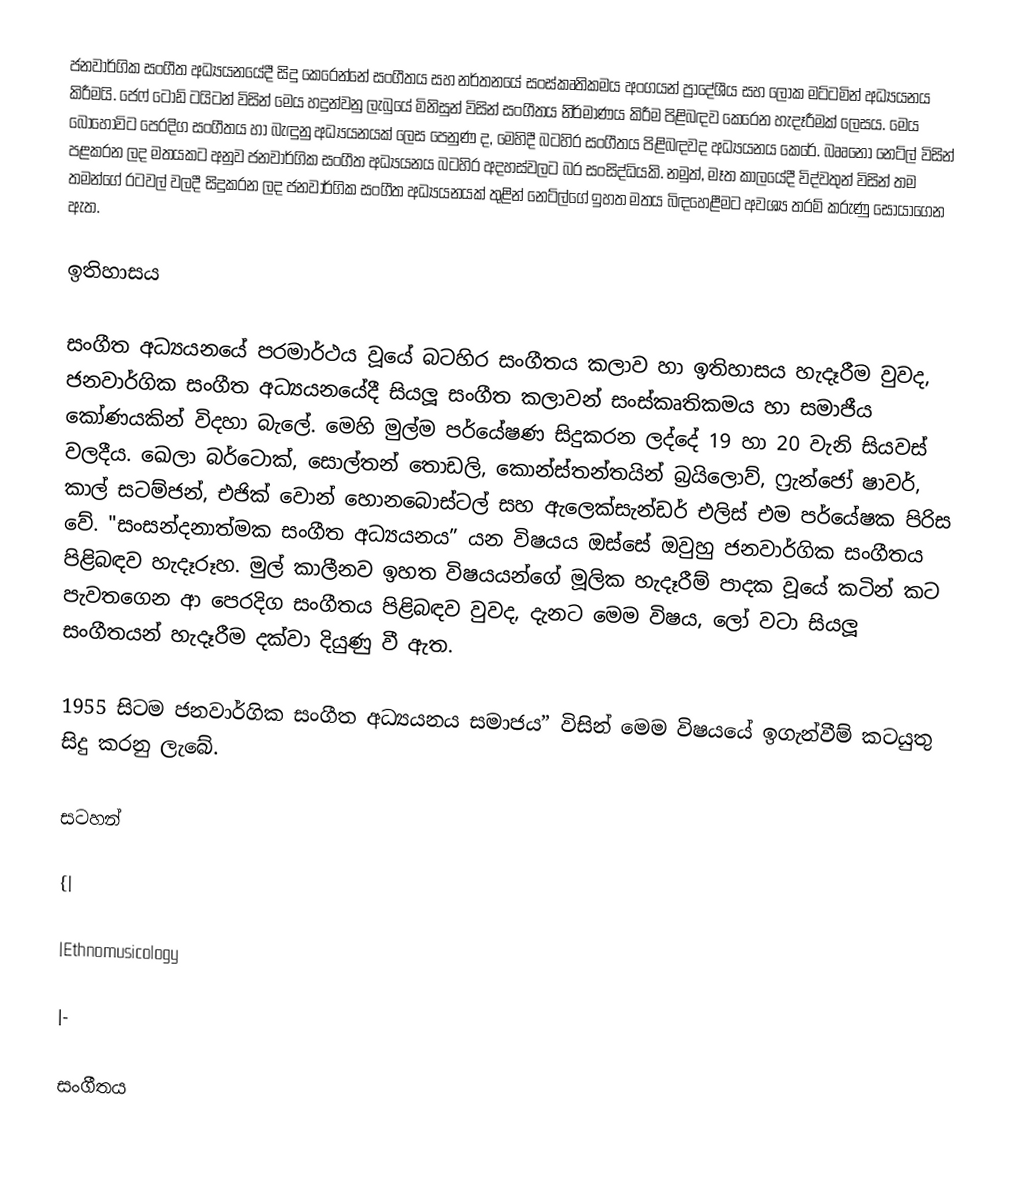
ජනවාර්ගික සංගීත අධ්‍යයනයේදී සිදු කෙරෙන්නේ සංගීතය සහ නර්තනයේ සංස්කෘතිකමය අංගයන් ප්‍රාදේශීය සහ ලෝක මට්ටමින් අධ්‍යයනය කිරීමයි. ජෙෆ් ටොඩ් ටයිටන් විසින් මෙය හදුන්වනු ලැබුයේ මිනිසුන් විසින් සංගීතය නිර්මාණය කිරීම පිළිබඳව කෙරෙන හැදෑරීමක් ලෙසය. මෙය බොහෝවිට පෙරදිග සංගීතය හා බැඳුනු අධ්‍යයනයක් ලෙස පෙනුණ ද, මෙහිදී බටහිර සංගීතය පිළිබඳවද අධ්‍යයනය කෙරේ. බෲනෝ නෙට්ල් විසින් පළකරන ලද මතයකට අනුව ජනවාර්ගික සංගීත අධ්‍යයනය බටහිර අදහස්වලට බර සංසිද්ධියකි. නමුත්, මෑත කාලයේදී විද්වතුන් විසින් තම තමන්ගේ රටවල් වලදී සිදුකරන ලද ජනවාර්ගික සංගීත අධ්‍යයනයක් තුළින් නෙට්ල්ගේ ඉහත මතය බිඳහෙළීමට අවශ්‍ය තරම් කරුණු සොයාගෙන ඇත.

ඉතිහාසය

සංගීත අධ්‍යයනයේ පරමාර්ථය වූයේ බටහිර සංගීතය කලාව හා ඉතිහාසය හැදෑරීම වුවද, ජනවාර්ගික සංගීත අධ්‍යයනයේදී සියලූ සංගීත කලාවන් සංස්කෘතිකමය හා සමාජීය කෝණයකින් විදහා බැලේ. මෙහි මුල්ම පර්යේෂණ සිදුකරන ලද්දේ 19 හා 20 වැනි සියවස් වලදීය. ඛෙලා බර්ටොක්, සොල්තන් තොඩලි, කොන්ස්තන්තයින් බ්‍රයිලොව්, ෆ්‍රැන්ජෝ ෂාවර්, කාල් සටම්ජන්, එජික් වොන් හොනබොස්ටල් සහ ඇලෙක්සැන්ඩර් එලිස් එම පර්යේෂක පිරිස වේ. "සංසන්දනාත්මක සංගීත අධ්‍යයනය” යන විෂයය ඔස්සේ ඔවුහු ජනවාර්ගික සංගීතය පිළිබඳව හැදෑරූහ. මුල් කාලීනව ඉහත විෂයයන්ගේ මූලික හැදෑරීම් පාදක වූයේ කටින් කට පැවතගෙන ආ පෙරදිග සංගීතය පිළිබඳව වුවද, දැනට මෙම විෂය, ලෝ වටා සියලූ සංගීතයන් හැදෑරීම දක්වා දියුණු වී ඇත.

1955 සිටම ජනවාර්ගික සංගීත අධ්‍යයනය සමාජය” විසින් මෙම විෂයයේ ඉගැන්වීම් කටයුතු සිදු කරනු ලැබේ.

සටහන්

{|

|Ethnomusicology

|-

සංගීතය